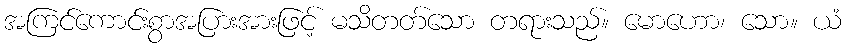
အကြင်ကောင်းစွာအပြားအားဖြင့် မသိတတ်သော တရားသည်။ မောဟော၊ သော။ ယံ